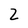
Character: 2